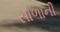
સાળાની